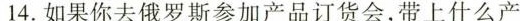
14.如果你去俄罗斯参加产品订货会，带上什么产